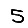
Digit: 5